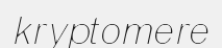
kryptomere